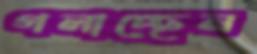
গলাচ্ছেন